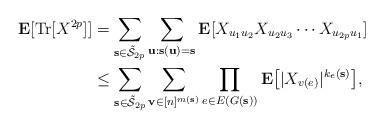
LaTeX: \begin{align*}\mathbf{E}[\mathrm{Tr}[X^{2p}]] &=\sum_{\mathbf{s}\in\mathcal{\tilde S}_{2p}}\sum_{\mathbf{u}:\mathbf{s}(\mathbf{u})=\mathbf{s}}\mathbf{E}[X_{u_1u_2}X_{u_2u_3}\cdots X_{u_{2p}u_1}] \\&\le\sum_{\mathbf{s}\in\mathcal{\tilde S}_{2p}}\sum_{\mathbf{v}\in[n]^{m(\mathbf{s})}}\prod_{e\in E(G(\mathbf{s}))}\mathbf{E}\big[|X_{v(e)}|^{k_e(\mathbf{s})}\big],\end{align*}